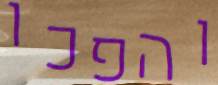
והפכו